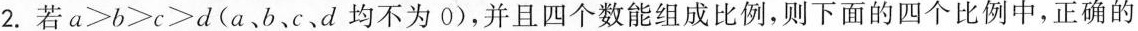
2. 若$$a>b>c>d$$(a、b、c、d均不为0)，并且四个数能组成比例，则下面的四个比例中，正确的